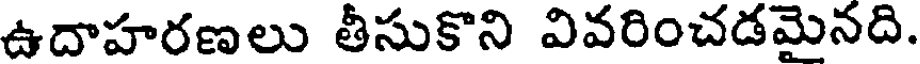
ఉదాహరణలు తీసుకొని వివరించడమైనది.